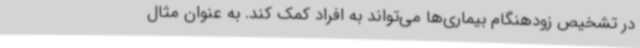
در تشخیص زودهنگام بیماری‌ها می‌تواند به افراد کمک کند. به عنوان مثال